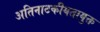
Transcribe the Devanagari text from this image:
अतिनाटकीयतायुक्त